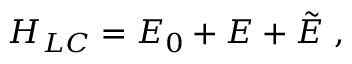
H _ { L C } = E _ { 0 } + E + \tilde { E } ~ ,